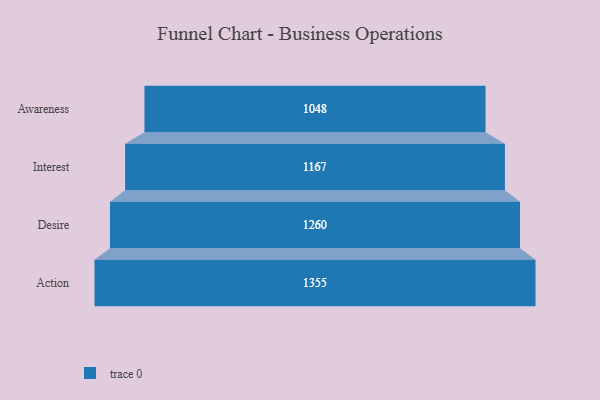
{"axis": {"x": "Stage", "y": "Value"}, "legend": [""], "data": [{"x": "Awareness", "y": 1048.0, "type": ""}, {"x": "Interest", "y": 1167.0, "type": ""}, {"x": "Desire", "y": 1260.0, "type": ""}, {"x": "Action", "y": 1355.0, "type": ""}]}